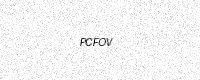
Text: PCFOV